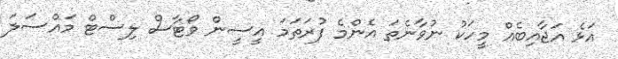
އަޅެ އަޖާއިބެއް މީހަކު ނުވާނެތަ އެންމެ ފުރަތަމަ އީސީން ވޯޓާސް ލިސްޓް މައްސަލަ